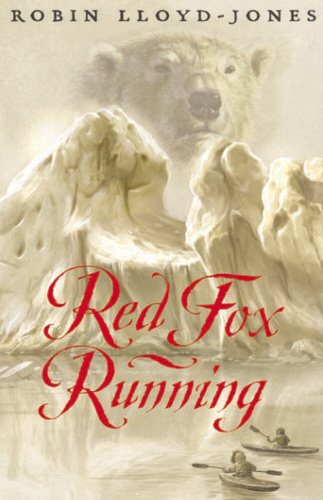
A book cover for Red Fox Running; Robin Lloyd-Jones; Teen & Young Adult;